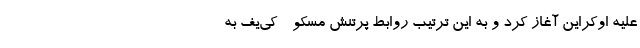
علیه اوکراین آغاز کرد و به این ترتیب روابط پرتنش مسکو - کی‌یف به